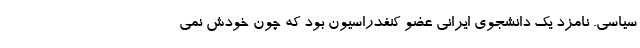
سیاسی. نامزد یک دانشجوی ایرانی عضو کنفدراسیون بود که چون خودش نمی